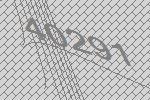
40291